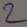
Text: 2